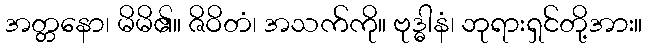
အတ္တနော၊ မိမိ၏။ ဇိဝိတံ၊ အသက်ကို။ ဗုဒ္ဓါနံ၊ ဘုရားရှင်တို့အား။